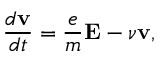
{ \frac { d { \mathbf { v } } } { d t } } = { \frac { e } { m } } \mathbf { E } - \nu \mathbf { v } ,